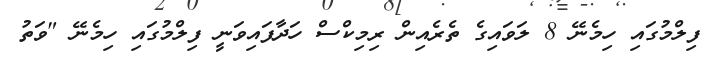
ފިލްމުގައި ހިމެނޭ 8 ލަވައިގެ ތެރެއިން ރިމިކްސް ހަދާފައިވަނީ ފިލްމުގައި ހިމެނޭ "ވަތު